Report of an investigation into the causes of malaria in Bombay and the measures necessary for its control
Disease focus: Malaria
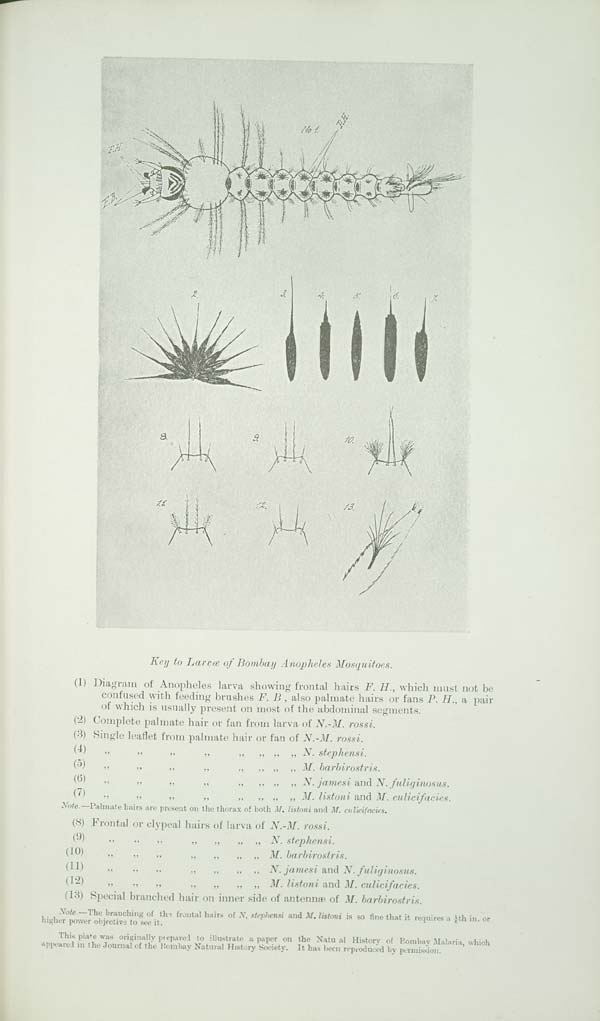
Key to Larvæ of Bombay Anopheles Mosquitoes.
(1) Diagram of Anopheles larva showing frontal hairs F. H., which must not be
confused with feeding brushes F. B , also palmate hairs or fans P. H., a pair
of which is usually present on most of the abdominal segments.
(2) Complete palmate hair or fan from larva of N.-M. rossi.
(3) Single leaflet from palmate hair or fan of N.-M. rossi.
(4)
"
"
"
"
"
"
"
"
N. stephensi.
(5)
"
"
"
"
"
"
"
"
M. barbirostris.
(6)
"
"
"
"
"
"
"
"
N. jamesi and N. fuliginosus.
(7)
"
"
"
"
"
"
"
"
M. listoni and M. culicifacies.
Note.—Palmate hairs are present on the thorax of both M. listoni and M. culicifacies.
(8) Frontal or clypeal hairs of larva of N.-M. rossi.
(9)
"
"
"
"
"
"
"
N. stephensi.
(10)
"
"
"
"
"
"
"
M. barbirostris.
(11)
"
"
"
"
"
"
"
N. jamesi and N. fuliginosus.
(12)
"
"
"
"
"
"
"
M. listoni and M. culicifacies.
(13) Special branched hair on inner side of antennæ of M. barbirostris.
Note.—The branching of the frontal hairs of N. stephensi and M. listoni is so fine that it requires a 1/6th in. or
higher power objective to see it.
This plate was originally prepared to illustrate a paper on the Natu al History of Bombay Malaria, which
appeared in the Journal of the Bombay Natural History Society. It has been reproduced by permission.